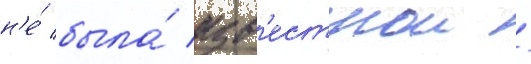
н'е́ была́ изв'естнои /